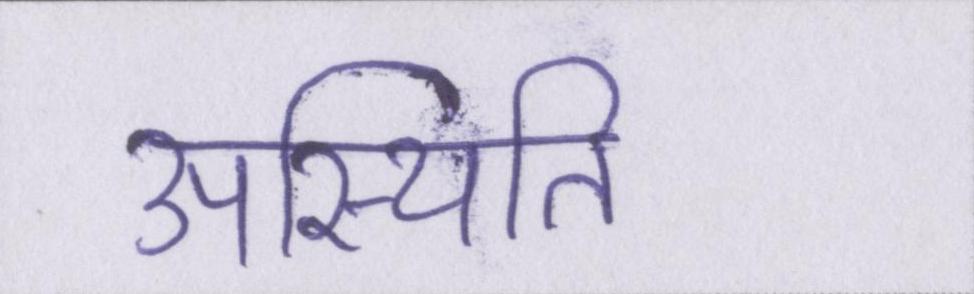
उपस्थिति